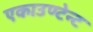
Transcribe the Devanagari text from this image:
एकाउण्टेन्ट